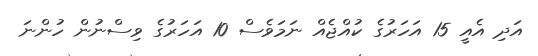
އަދި އެއީ 15 އަހަރުގެ ކުއްޖެއް ނަމަވެސް 10 އަހަރުގެ ވިސްނުން ހުންނަ